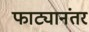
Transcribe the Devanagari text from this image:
फाट्यानंतर